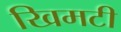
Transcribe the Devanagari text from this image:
खिमटी